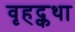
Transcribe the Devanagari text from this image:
वृहद्कथा